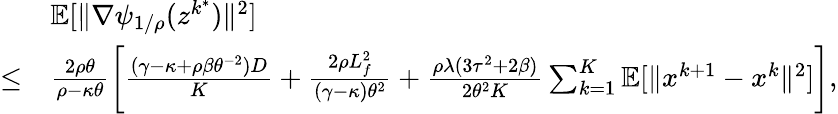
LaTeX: \begin{array}{rl}&{\mathbb{E}[\| \nabla\psi_{1/\rho}(z^{k^{\ast}})\| ^{2}]}\\ {\leq}&{\frac{2\rho\theta}{\rho-\kappa\theta}\left[\frac{(\gamma-\kappa+\rho\beta\theta^{-2})D}{K}+\frac{2\rho L_{f}^{2}}{(\gamma-\kappa)\theta^{2}}+\frac{\rho\lambda(3\tau^{2}+2\beta)}{2\theta^{2}K}\sum_{k=1}^{K}\mathbb{E}[\| x^{k+1}-x^{k}\| ^{2}]\right],}\end{array}